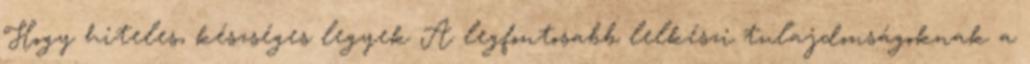
Hogy hiteles, készséges legyek A legfontosabb lelkészi tulajdonságoknak a